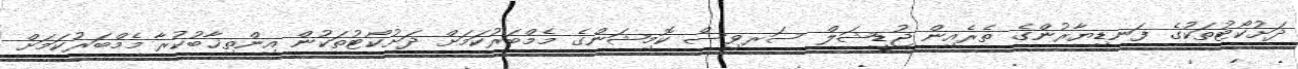
ދަށުކޯޓުތަކުގެ ފަނޑިޔާރުންގެ ތެރެއިން ޖުޑީޝަލް ސަރވިސް ކޮމިޝަންގެ މެމްބަރުކަމަށް ދަށުކޯޓުތަކުން އިންތިޚާބުކުރާ މެމްބަރުކަމަށް